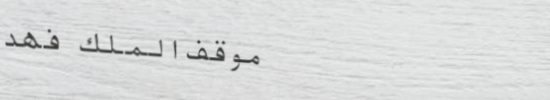
موقف الملك فهد